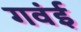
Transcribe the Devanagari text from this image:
गवंई